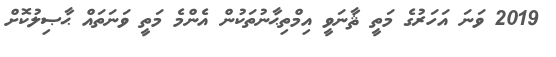
2019 ވަނަ އަހަރުގެ މަތީ ޘާނަވީ އިމްތިޙާނުތަކުން އެންމެ މަތީ ވަނަތައް ޙާޞިލުކޮށް